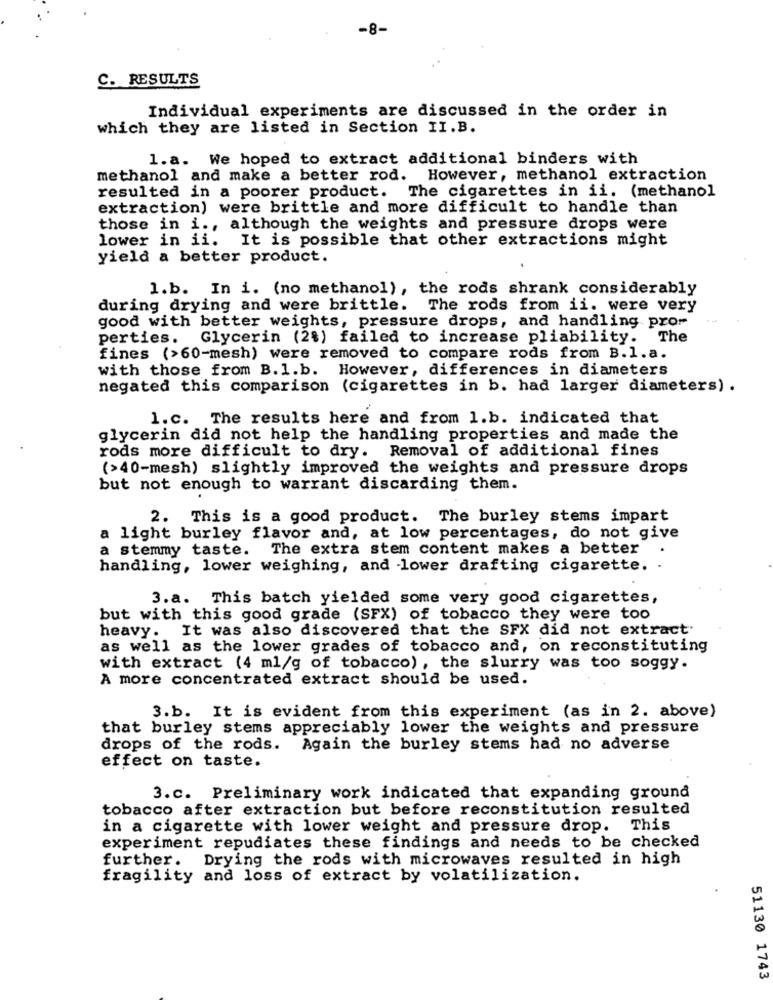
-8-
C. RESULTS
Individual experiments are discussed in the order in
which they are listed in Section II.B.
1.a. We hoped to extract additional binders with
methanol and make a better rod. However, methanol extraction
resulted in a poorer product. The cigarettes in ii. (methanol
extraction) were brittle and more difficult to handle than
those in i ., although the weights and pressure drops were
lower in ii. It is possible that other extractions might
yield a better product.
1.b. In i. (no methanol), the rods shrank considerably
during drying and were brittle. The rods from ii. were very
good with better weights, pressure drops, and handling pror
perties.
Glycerin (2%) failed to increase pliability. The
fines (>60-mesh) were removed to compare rods from B.l.a.
with those from B.1.b. However, differences in diameters
negated this comparison (cigarettes in b. had larger diameters) .
1.c. The results here and from 1.b. indicated that
glycerin did not help the handling properties and made the
rods more difficult to dry. Removal of additional fines
(>40-mesh) slightly improved the weights and pressure drops
but not enough to warrant discarding them.
2. This is a good product. The burley stems impart
a light burley flavor and, at low percentages, do not give
a stemmy taste. The extra stem content makes a better
handling, lower weighing, and lower drafting cigarette. .
3.a. This batch yielded some very good cigarettes,
but with this good grade (SFX) of tobacco they were too
heavy. It was also discovered that the SFX did not extract
as well as the lower grades of tobacco and, on reconstituting
with extract (4 ml/g of tobacco) , the slurry was too soggy.
A more concentrated extract should be used.
3.b. It is evident from this experiment (as in 2. above)
that burley stems appreciably lower the weights and pressure
drops of the rods. Again the burley stems had no adverse
effect on taste.
3.c. Preliminary work indicated that expanding ground
tobacco after extraction but before reconstitution resulted
in a cigarette with lower weight and pressure drop. This
experiment repudiates these findings and needs to be checked
further.
Drying the rods with microwaves resulted in high
fragility and loss of extract by volatilization.
51130 1743